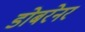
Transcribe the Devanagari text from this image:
डोबरेनर